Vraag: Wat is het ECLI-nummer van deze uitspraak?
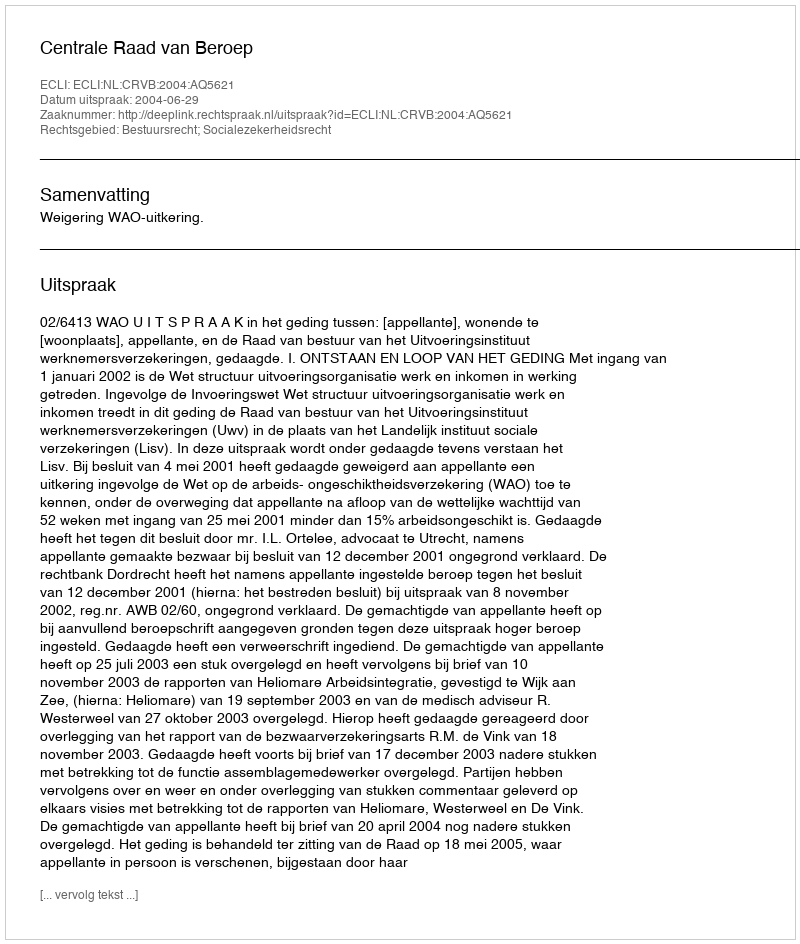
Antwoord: ECLI:NL:CRVB:2004:AQ5621